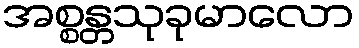
အစ္စန္တသုခုမာလော